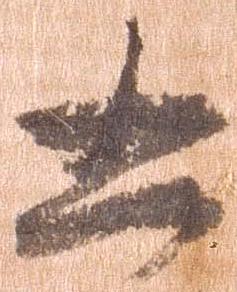
凶